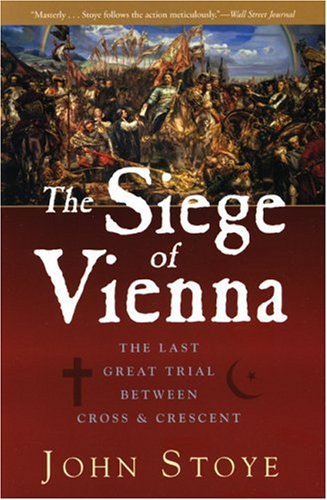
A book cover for The Siege of Vienna: The Last Great Trial Between Cross & Crescent; John Stoye; History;